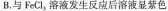
B.与FeCl_{3}溶液发生反应后溶液显紫色